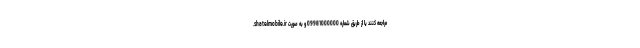
.shatelmobile.ir مراجعه کنند یا از طریق شماره 09981000000 و به صورت